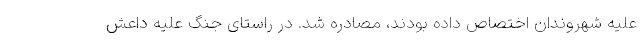
علیه شهروندان اختصاص داده بودند، مصادره شد. در راستای جنگ علیه داعش